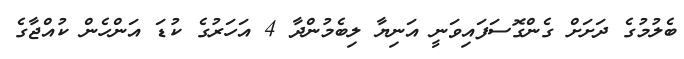
ބެލުމުގެ ދަށަށް ގެންގޮސަފައިވަނީ އަނިޔާ ލިބެމުންދާ 4 އަހަރުގެ ކުޑަ އަންހެން ކުއްޖާގެ